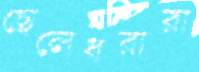
ছেলেধরারা